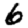
Digit: 6